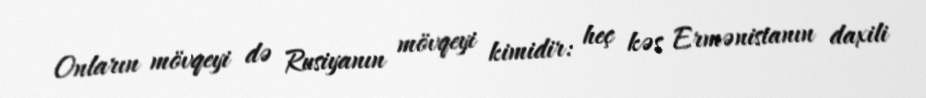
Onların mövqeyi də Rusiyanın mövqeyi kimidir: heç kəs Ermənistanın daxili